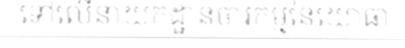
ទៅលើនាយកដ្ឋានចារកម្មនៃយោធា